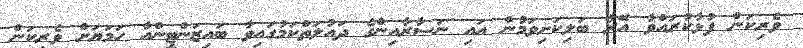
ވެރިކަން ފުޅާކުރައްވާ އޭރު ބަލިކަށިވަމުން އައި ނަޞާރާއިންގެ ދައުލަތްކަމުގައިވާ ބައިޒަންޓީންއާ ހަމަޔަށް ވެރިކަން